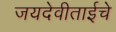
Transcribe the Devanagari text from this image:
जयदेवीताईचे